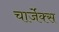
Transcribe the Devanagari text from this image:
चार्जेक्स